Civil Veterinary Dept. Bombay admin report 1893-99 - 1893-1899
Year: 1893
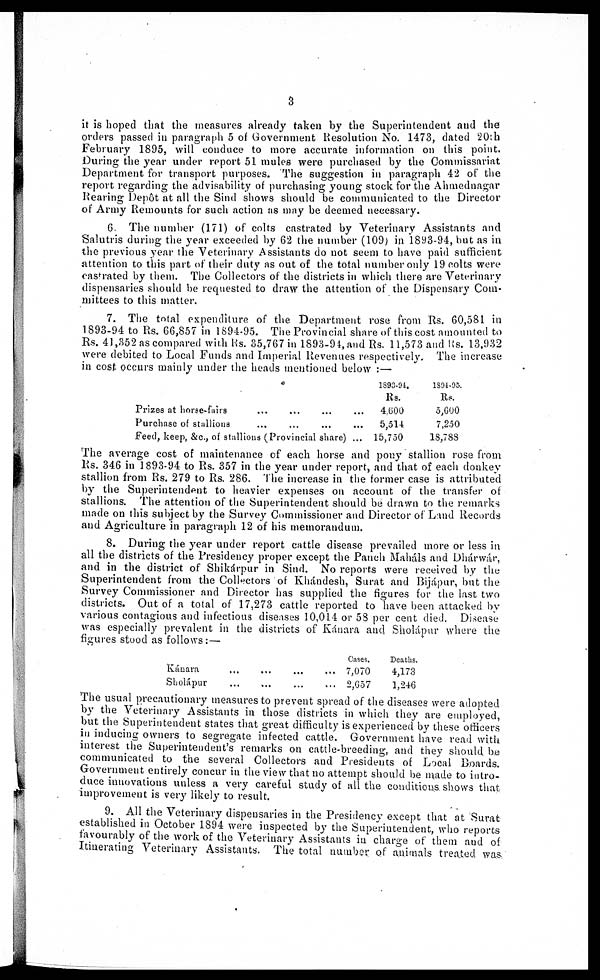
3
it is hoped that the measures already taken by the Superintendent and the
orders passed in paragraph 5 of Government Resolution No. 1473, dated 20th
February 1895, will conduce to more accurate information on this point.
During the year under report 51 mules were purchased by the Commissariat
Department for transport purposes. The suggestion in paragraph 42 of the
report regarding the advisability of purchasing young stock for the Ahmednagar
Rearing Depôt at all the Sind shows should be communicated to the Director
of Army Remounts for such action as may be deemed necessary.
6. The number (171) of colts castrated by Veterinary Assistants and
Salutris during the year exceeded by 62 the number (109) in 1893-94, but as in
the previous year the Veterinary Assistants do not seem to have paid sufficient
attention to this part of their duty as out of the total number only 19 colts were
castrated by them. The Collectors of the districts in which there are Veterinary
dispensaries should be requested to draw the attention of the Dispensary Com-
mittees to this matter.
7. The total expenditure of the Department rose from Rs. 60,581 in
1893-94 to Rs. 66,857 in 1894-95. The Provincial share of this cost amounted to
Rs. 41,352 as compared with Rs. 35,767 in 1893-94, and Rs. 11,573 and Rs. 13,932
were debited to Local Funds and Imperial Revenues respectively. The increase
in cost occurs mainly under the heads mentioned below :—
Prizes at horse-fairs … … … …
Purchase of stallions … … … …
Feed, keep, &c., of stallions (Provincial share) ...
1893-94.
4,600
5,514
15,750
1894-95.
5,600
7,250
18,788
The average cost of maintenance of each horse and pony stallion rose from
Rs. 346 in 1893-94 to Rs. 357 in the year under report, and that of each donkey
stallion from Rs. 279 to Rs. 286. The increase in the former case is attributed
by the Superintendent to heavier expenses on account of the transfer of
stallions. The attention of the Superintendent should be drawn to the remarks
made on this subject by the Survey Commissioner and Director of Land Records
and Agriculture in paragraph 12 of his memorandum.
8. During the year under report cattle disease prevailed more or less in
all the districts of the Presidency proper except the Panch Maháls and Dharwar,
and in the district of Shikárpur in Sind. No reports were received by the
Superintendent from the Collectors of Khándesh, Surat and Bijápur, but the
Survey Commissioner and Director has supplied the figures for the last two
districts. Out of a total of 17,273 cattle reported to have been attacked by
various contagious and infectious diseases 10,014 or 58 per cent died. Disease
was especially prevalent in the districts of Kánara and Sholápur where the
figures stood as follows:—
Kánara
Sholápur
...
...
...
...
...
...
...
...
Cases.
7,070
2,657
Deaths.
4,173
1,246
The usual precautionary measures to prevent spread of the diseases were adopted
by the Veterinary Assistants in those districts in which they are employed,
but the Superintendent states that great difficulty is experienced by these officers
in inducing owners to segregate infected cattle. Government have read with
interest the Superintendent's remarks on cattle-breeding, and they should be
communicated to the several Collectors and Presidents of Local Boards.
Government entirely concur in the view that no attempt should be made to intro-
duce innovations unless a very careful study of all the conditions shows that
improvement is very likely to result.
9. All the Veterinary dispensaries in the Presidency except that at Surat
established in October 1894 were inspected by the Superintendent, who reports
favourably of the work of the Veterinary Assistants in charge of them and of
Itinerating Veterinary Assistants. The total number of animals treated was